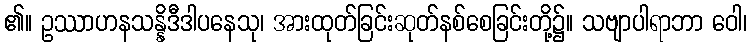
၏။ ဥဿာဟနသန္နိဒီဒါပနေသု၊ အားထုတ်ခြင်းဆုတ်နစ်စေခြင်းတို့၌။ သဗျာပါရာဘာ ဝေါ၊